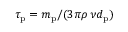
\tau _ { \mathrm { p } } = m _ { \mathrm { p } } / ( 3 \pi \rho \, \nu d _ { \mathrm { p } } )